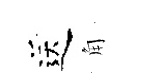
送角